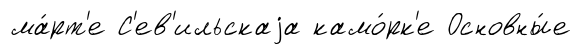
ма́рт'е С'ев'ильскаjа камо́рк'е Основны́е